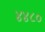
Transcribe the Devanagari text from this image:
४४८०